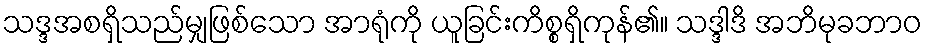
သဒ္ဒအစရှိသည်မျှဖြစ်သော အာရုံကို ယူခြင်းကိစ္စရှိကုန်၏။ သဒ္ဒါဒိ အဘိမုခဘာဝ